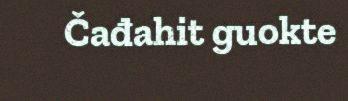
Čađahit guokte